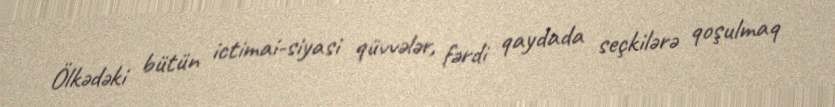
Ölkədəki bütün ictimai-siyasi qüvvələr, fərdi qaydada seçkilərə qoşulmaq